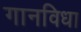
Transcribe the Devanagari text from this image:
गानविधा